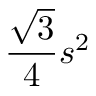
{ \frac { \sqrt { 3 } } { 4 } } s ^ { 2 } \,